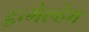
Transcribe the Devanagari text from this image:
इन्गेल्हेम